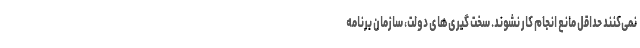
نمی‌کنند حداقل مانع انجام کار نشوند. سخت گیری‌های دولت، سازمان برنامه